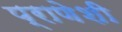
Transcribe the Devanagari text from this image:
प्राणेशी